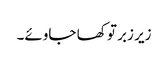
زیر زبر تو کھا جاوئے۔